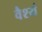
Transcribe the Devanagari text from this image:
वैश्यं